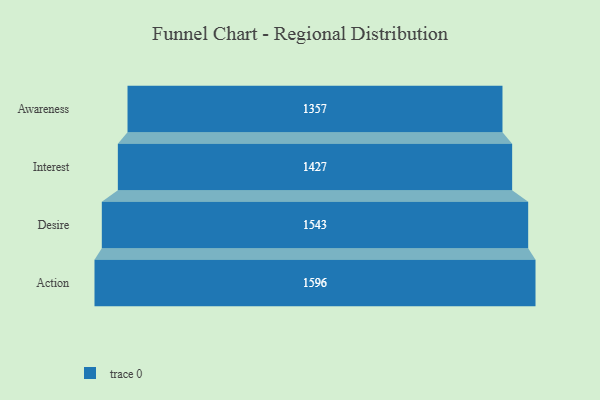
{"axis": {"x": "Stage", "y": "Value"}, "legend": [""], "data": [{"x": "Awareness", "y": 1357.0, "type": ""}, {"x": "Interest", "y": 1427.0, "type": ""}, {"x": "Desire", "y": 1543.0, "type": ""}, {"x": "Action", "y": 1596.0, "type": ""}]}